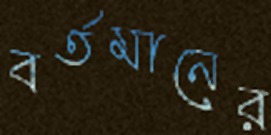
বর্তমানের